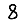
Digit: 8